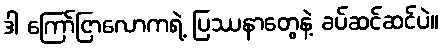
ဒါ ကြော်ငြာလောကရဲ့ ပြဿနာတွေနဲ့ ခပ်ဆင်ဆင်ပဲ။